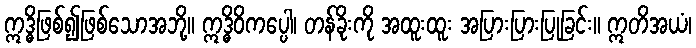
ဣဒ္ဓိဖြစ်၍ဖြစ်သောအဘို့။ ဣဒ္ဓိဝိကပ္ပေါ၊ တန်ခိုးကို အထူးထူး အပြားပြားပြုခြင်း။ ဣတိအယံ၊